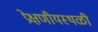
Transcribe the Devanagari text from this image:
प्रेक्षणीयस्थळी